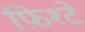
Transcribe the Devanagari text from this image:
फ़िश्टे